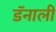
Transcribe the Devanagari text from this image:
डॅनाली